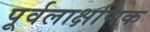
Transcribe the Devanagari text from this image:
पूर्वलाक्षणिक